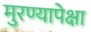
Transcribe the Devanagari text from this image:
मुरण्यापेक्षा